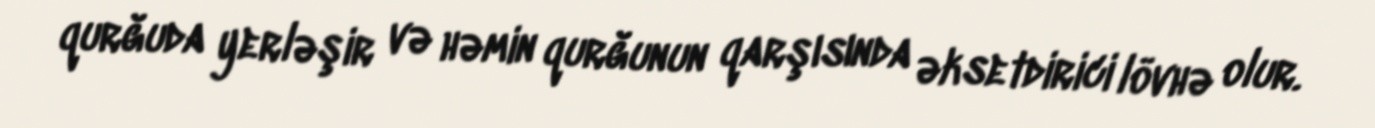
qurğuda yerləşir və həmin qurğunun qarşısında əksetdirici lövhə olur.